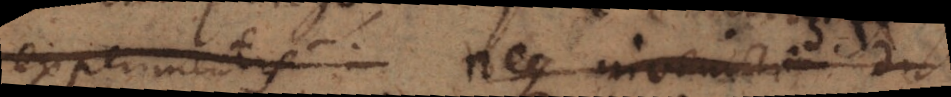
experimentis neque inveniri